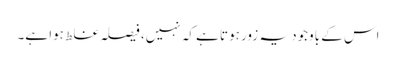
اس کے باوجود یہ زور ہوتا ہے کہ نہیں، فیصلہ غلط ہوا ہے۔